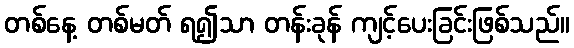
တစ်နေ့ တစ်မတ် ရ၍သာ တန်းခုန် ကျင့်ပေးခြင်းဖြစ်သည်။